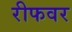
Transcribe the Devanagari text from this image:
रीफवर